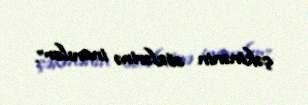
çəkinənin sözlərinə inanılar”.